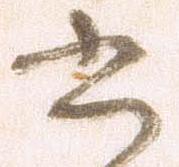
書